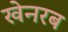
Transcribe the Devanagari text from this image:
खेनरब